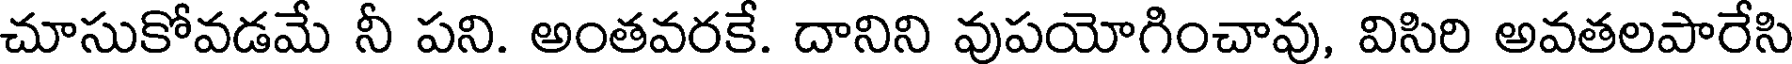
చూసుకోవడమే నీ పని. అంతవరకే. దానిని వుపయోగించావు, విసిరి అవతలపారేసి